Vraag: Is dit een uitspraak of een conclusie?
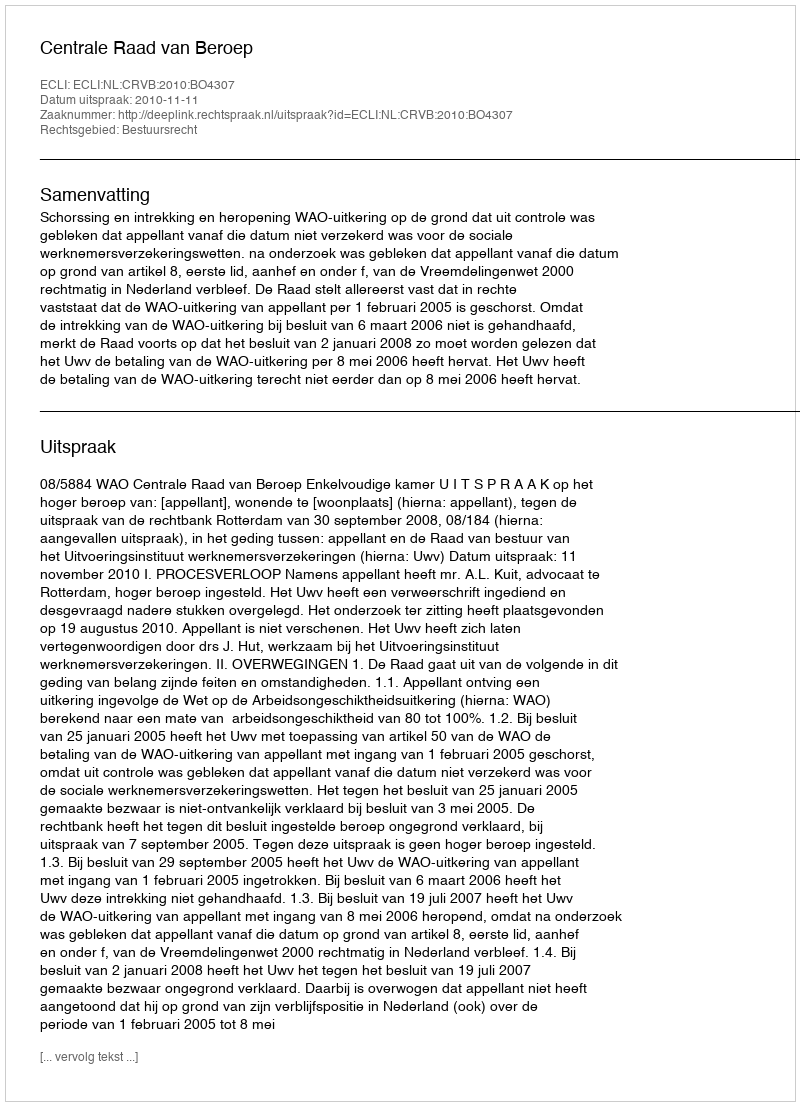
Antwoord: Uitspraak